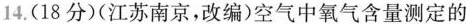
4.(18分)(江苏南京，改编)空气中氧气含量测定的